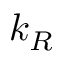
k _ { R }